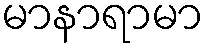
မာနာရာမာ